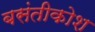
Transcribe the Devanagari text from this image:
बसंतीकोश